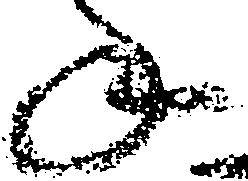
年